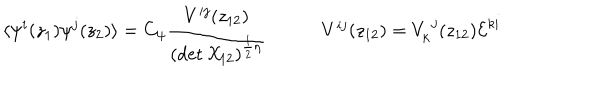
\begin{array} { c c } { { \displaystyle { \langle \psi ^ { i } ( z _ { 1 } ) \psi ^ { j } ( z _ { 2 } ) \rangle = C _ { \psi } \frac { V ^ { i j } ( z _ { 1 2 } ) } { ( \det { \cal X } _ { 1 2 } ) ^ { \frac { 1 } { 2 } \eta } } } ~ } } & { { ~ V ^ { i j } ( z _ { 1 2 } ) = V _ { k } ^ { ~ j } ( z _ { 1 2 } ) { \cal E } ^ { k i } } } \\ \end{array}